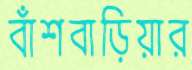
বাঁশবাড়িয়ার